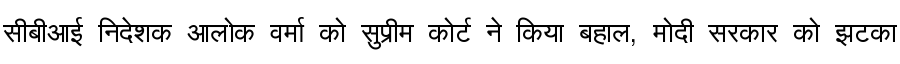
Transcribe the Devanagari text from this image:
सीबीआई निदेशक आलोक वर्मा को सुप्रीम कोर्ट ने किया बहाल, मोदी सरकार को झटका